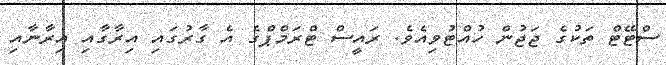
ސްޓޭޓް ތަކުގެ ޖަޖުން ހުއްޓުވިއެެވެ. ރައީސް ޓްރަމްޕްގެ އެ ގާރުގައި އިރާގާއި އިރާނާއި